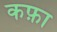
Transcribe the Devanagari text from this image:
कफ़ा